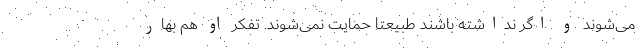
می‌شوند و اگر نداشته باشند طبیعتا حمایت نمی‌شوند. تفکر او هم بهار